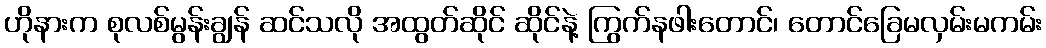
ဟိုနားက စုလစ်မွန်းချွန် ဆင်သလို အထွတ်ဆိုင် ဆိုင်နဲ့ ကြွက်နဖါးတောင်၊ တောင်ခြေမလှမ်းမကမ်း